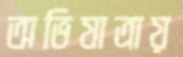
অভিযাত্রায়